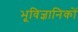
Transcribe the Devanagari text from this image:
भूविज्ञानिकों